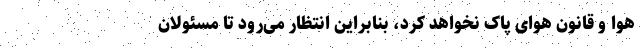
هوا و قانون هوای پاک نخواهد کرد، بنابراین انتظار می‌رود تا مسئولان